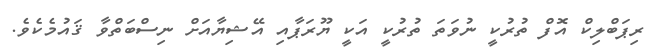
ރިޕަބްލިކް އޮފް ތުރުކީ ނުވަތަ ތުރުކީ އަކީ ޔޫރަޕާއި އޭޝިޔާއަށް ނިސްބަތްވާ ޤައުމެކެވެ.